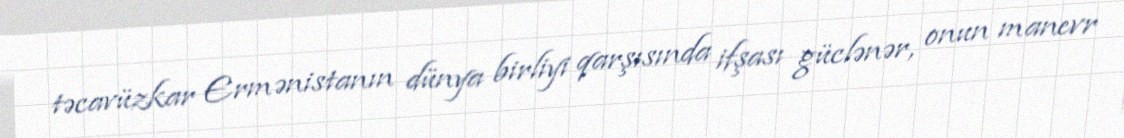
təcavüzkar Ermənistanın dünya birliyi qarşısında ifşası güclənər, onun manevr